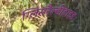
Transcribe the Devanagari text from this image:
ग्लिसरैल्डीहाइड